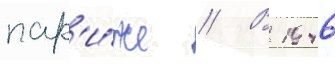
пар'и́же // В 1946